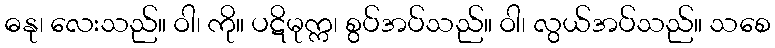
ဓနု၊ လေးသည်။ ဝါ၊ ကို။ ပဋိမုက္က၊ စွပ်အပ်သည်။ ဝါ၊ လွယ်အပ်သည်။ သစေ